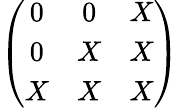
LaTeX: \left(\begin{array}{ccc}{{0}}&{{0}}&{{X}}\\ {{0}}&{{X}}&{{X}}\\ {{X}}&{{X}}&{{X}}\end{array}\right)